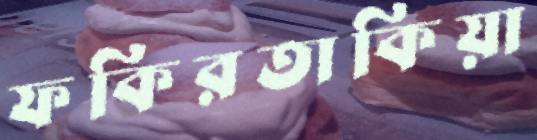
ফকিরতাকিয়া